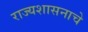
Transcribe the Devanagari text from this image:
राज्यशासनाचे